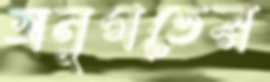
অনুগতের